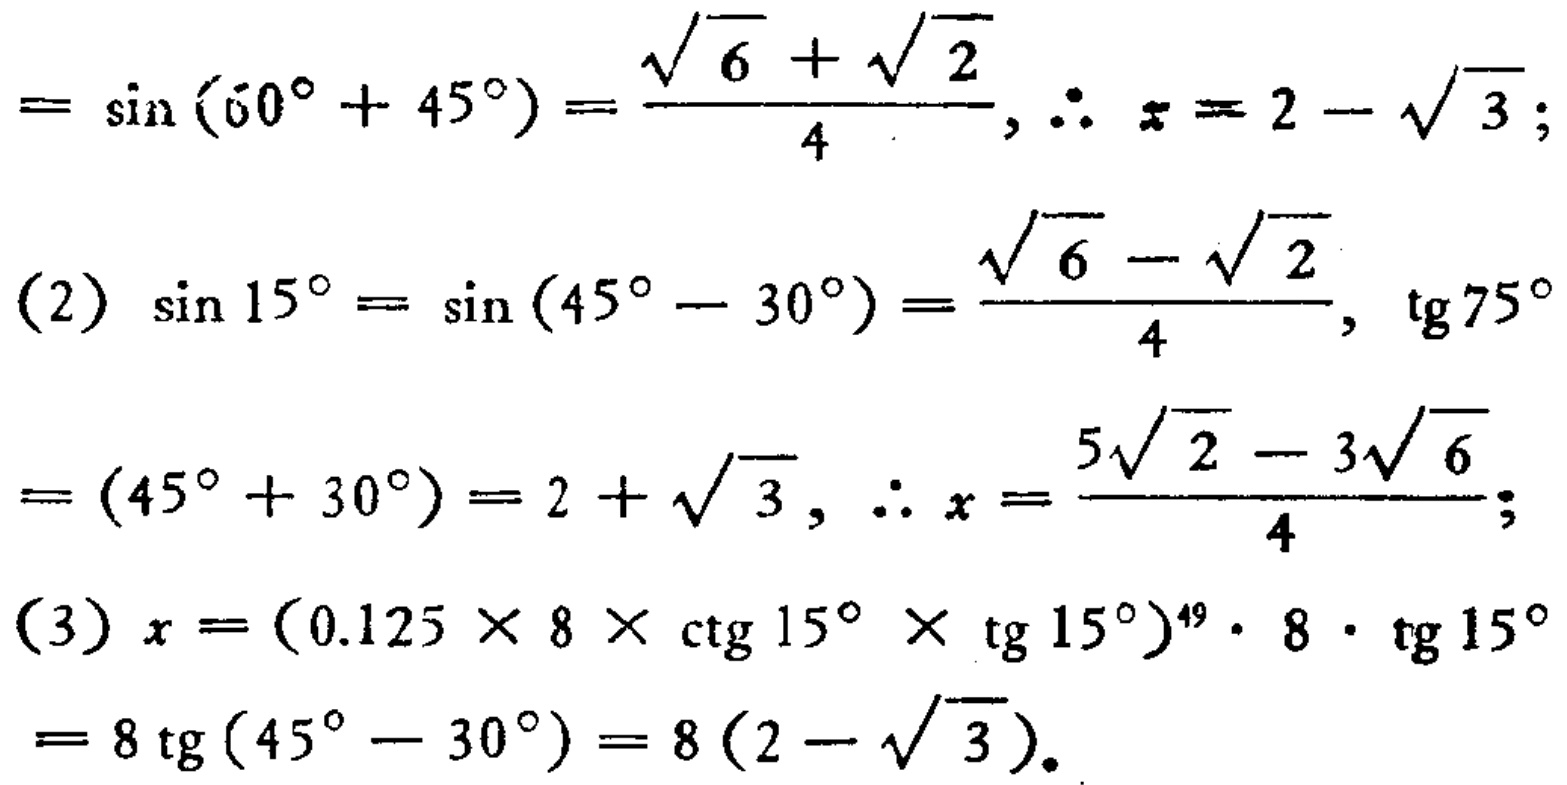
\[

\begin{align*}

&=\sin(60^{\circ}+45^{\circ})=\frac{\sqrt{6}+\sqrt{2}}{4},\therefore x = 2-\sqrt{3};\\

&(2)\ \sin15^{\circ}=\sin(45^{\circ}-30^{\circ})=\frac{\sqrt{6}-\sqrt{2}}{4},\ \tg75^{\circ}\\

&=(45^{\circ}+30^{\circ})=2+\sqrt{3},\therefore x=\frac{5\sqrt{2}-3\sqrt{6}}{4};\\

&(3)\ x=(0.125\times8\times\mathrm{ctg}15^{\circ}\times\mathrm{tg}15^{\circ})^{49}\cdot8\cdot\mathrm{tg}15^{\circ}\\

&=8\ \mathrm{tg}(45^{\circ}-30^{\circ}) = 8(2-\sqrt{3}).

\end{align*}

\]